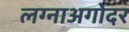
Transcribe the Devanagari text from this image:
लग्नाअगोदर